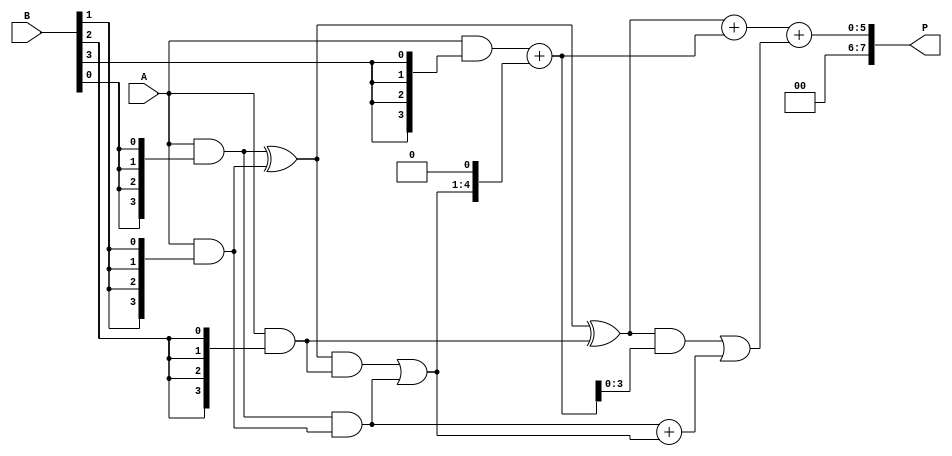
module unfolded_wallace_tree_multiplier (
    input [3:0] A,        // Multiplicand A
    input [3:0] B,        // Multiplicand B
    output reg [7:0] P    // Product P
);

    // Partial product generation
    wire [3:0] pp[3:0]; // Partial products
    assign pp[0] = A & {4{B[0]}};
    assign pp[1] = A & {4{B[1]}};
    assign pp[2] = A & {4{B[2]}};
    assign pp[3] = A & {4{B[3]}};

    // Intermediate wires for Wallace tree reduction
    wire [4:0] sum1[2:0]; // Sums for the first stage
    wire [4:0] sum2[1:0]; // Sums for the second stage
    wire [3:0] carry1[2:0]; // Carries for the first stage
    wire [3:0] carry2[1:0]; // Carries for the second stage

    // Stage 1: Combine partial products using half and full adders
    // First row: pp[0], pp[1], pp[2]
    // Second row: pp[3], 0, 0
    // Using half adders and full adders
    // First half adder
    assign sum1[0] = pp[0] ^ pp[1]; // Sum of first two
    assign carry1[0] = pp[0] & pp[1]; // Carry of first two

    // Full adder for the next row
    assign sum1[1] = sum1[0] ^ pp[2]; // Sum with pp[2]
    assign carry1[1] = (sum1[0] & pp[2]) | carry1[0]; // Carry propagation

    // Second row: pp[3] and the carry from the first stage
    assign sum1[2] = {1'b0, pp[3]} + {carry1[1], 1'b0}; // Align carry with pp[3]
    assign carry1[2] = {1'b0, carry1[0]} + {1'b0, carry1[1]}; // Combine carries

    // Stage 2: Combine the results from stage 1
    // Using full adders again
    assign sum2[0] = sum1[1] + sum1[2]; // Combine sums from stage 1
    assign carry2[0] = (sum1[1] & sum1[2]) | carry1[2]; // Final carry

    // Final addition to produce the product
    always @(*) begin
        P = sum2[0] + carry2[0]; // Final product
    end

endmodule